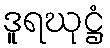
ဒူရဃုဋ္ဌံ